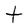
Character: t